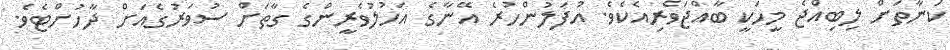
ކަނާތަށް ލިބިއްޖެ މީހަކީ ބާއްޖަވެރިއެކެވެ. އުފަލުންހުރެ އޭނާގެ އަހުލުވެރީންގެ ގާތަށް ސުވަރުގެއަށް ދާހުށްޓެވެ.